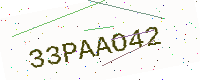
Text: 33PAAO42